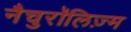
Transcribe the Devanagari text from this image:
नैचुरॉलिज़्म